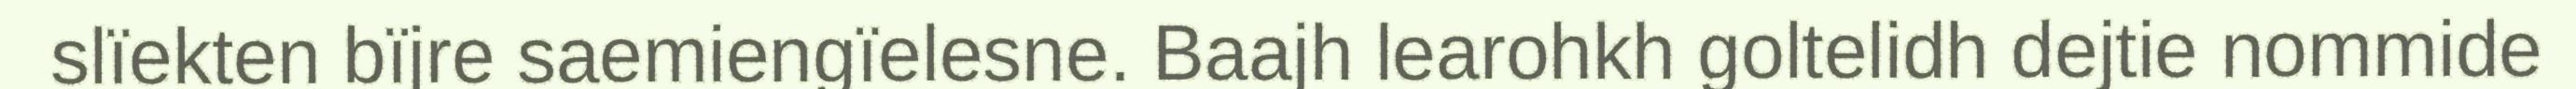
slïekten bïjre saemiengïelesne. Baajh learohkh goltelidh dejtie nommide